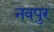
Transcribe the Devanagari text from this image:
नवपुर